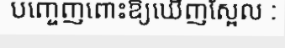
បញ្ចេញពោះឱ្យឃើញស្អែល :